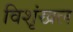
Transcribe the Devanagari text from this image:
विशृंखल